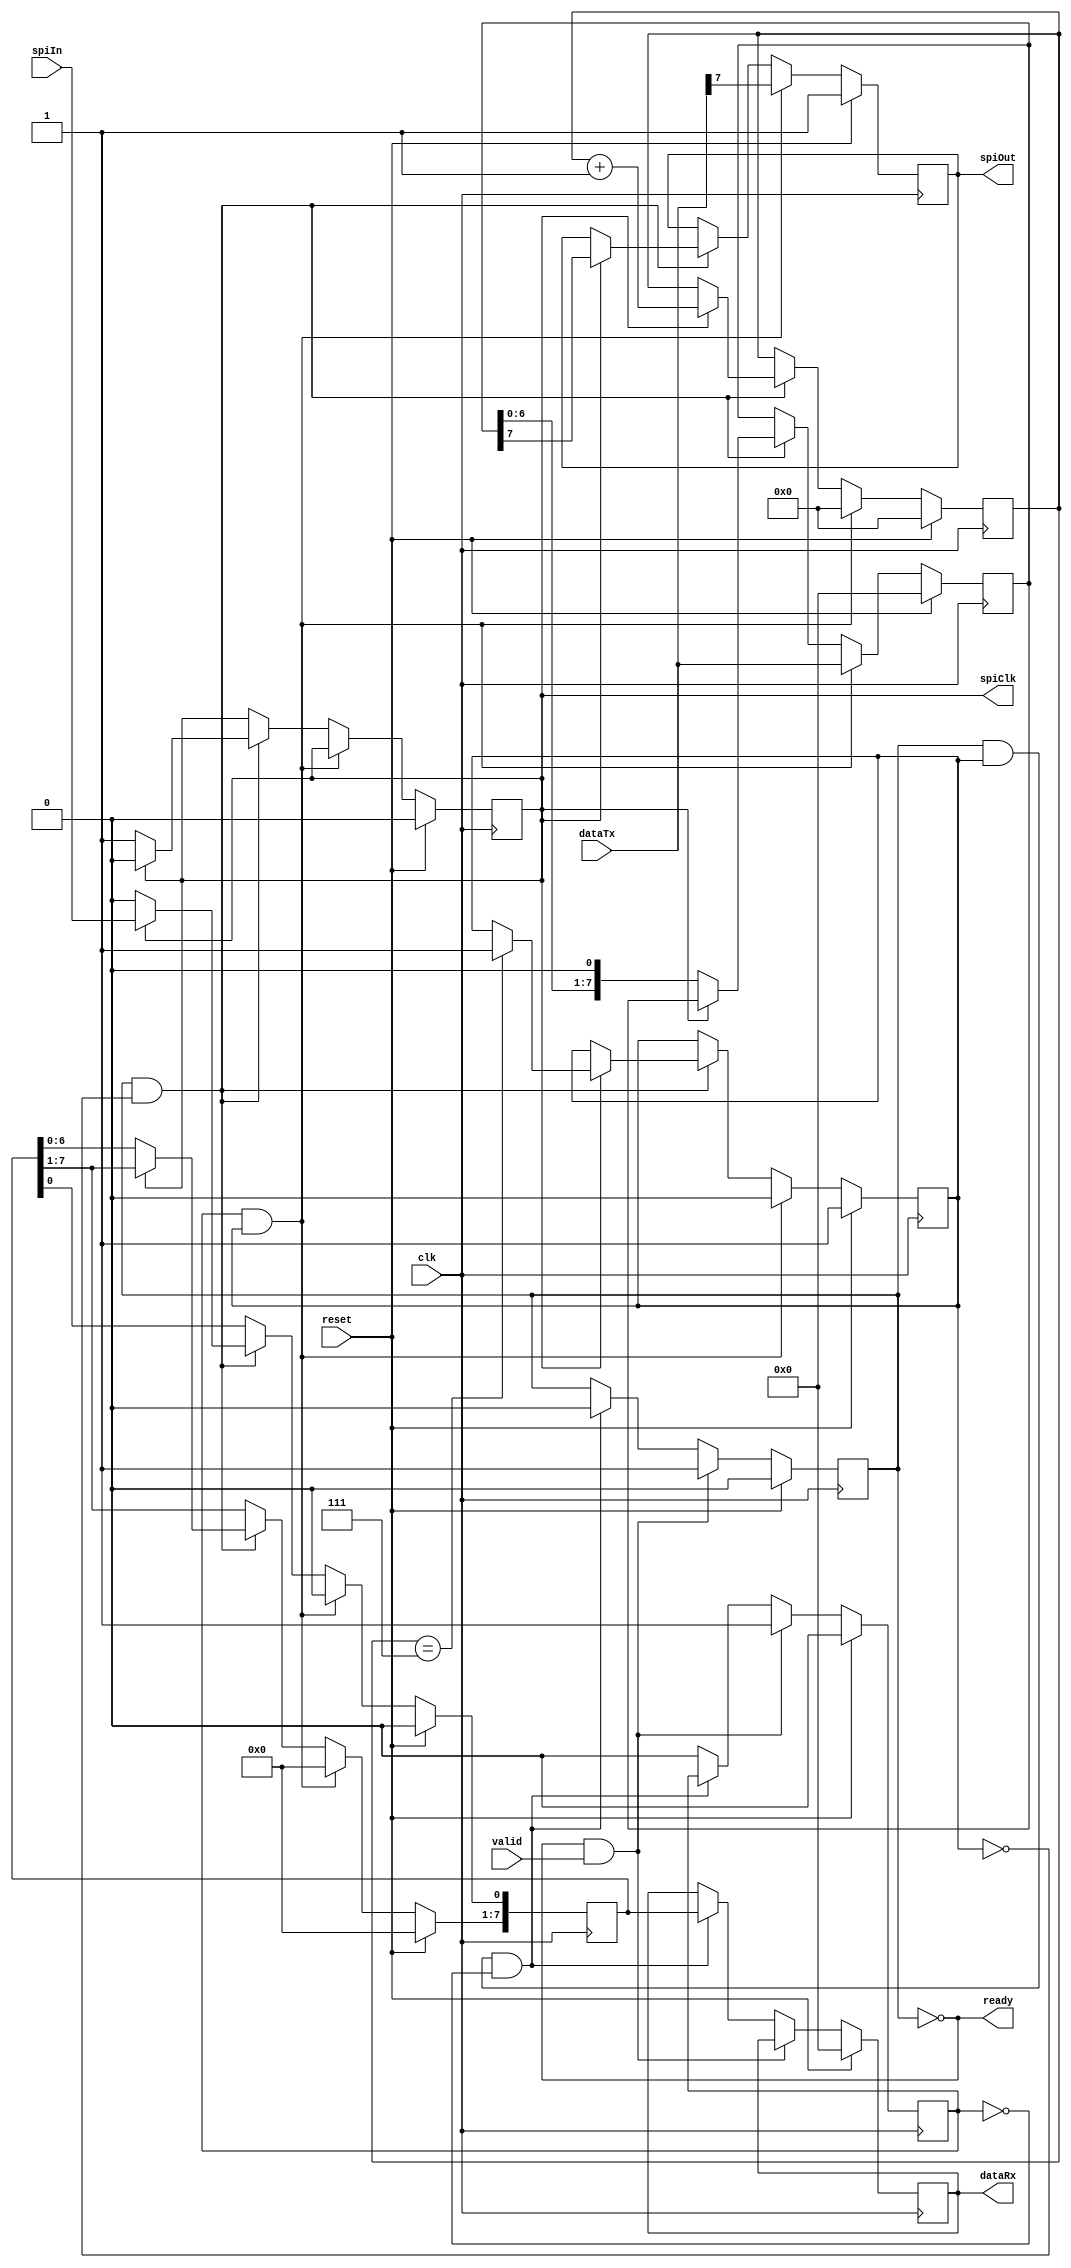
module SPIController (
  input   wire          clk,
  input   wire          reset,

  // SPI Port
  output  reg           spiOut,
  input   wire          spiIn,
  output  reg           spiClk,

  // SPI Data
  input   wire  [7:0]   dataTx,
  output  reg   [7:0]   dataRx,

  output  wire          ready,  // Core is ready
  input   wire          valid   // Input data is valid
);

reg isRunning;
reg isDone;
reg start;
reg [3:0] bitCount;

reg [7:0] tmpInput;
reg [7:0] tmpOutput;

assign ready = ~isRunning;

// SPI Data Interface
always @(posedge clk)
begin
  if (reset)
  begin
    dataRx    <= 0;
    isRunning <= 0;
    start     <= 0;
  end
  else
  begin
    if (ready & valid)            // Start sending data
    begin
      isRunning <= 1;             // Start send
      start     <= 1;
    end
    else if (isRunning && isDone && !start) // Data done
    begin
      dataRx    <= tmpInput;      // Latch RX data
      isRunning <= 0;             // Stop sending data
    end
    else
      start     <= 0;             // Reset start
  end
end

// SPI Port
always @(posedge clk)
begin
  if (reset)
  begin
    spiOut    <= 1;
    spiClk    <= 0;
    isDone    <= 1;
    tmpInput  <= 0;
    bitCount  <= 0;
    tmpOutput <= 0;
  end
  else
  begin
    if (start && isDone) // Start
    begin
      isDone            <= 0;       // Started
      tmpInput          <= 0;       // Reset input buffer
      tmpOutput         <= dataTx;  // Latch TX data
      bitCount          <= 0;
      spiOut            <= dataTx[7];
    end
    else
    if (isRunning && !isDone) // Normal operation
    begin
      if (spiClk)
      begin
        if (bitCount == 7) isDone    <= 1;
        bitCount    <= bitCount + 1;
        spiClk      <= 0;
        tmpInput[0] <= spiIn;
        spiOut      <= tmpOutput[7];
      end
      else        // Shift internal buffers
      begin
        spiClk      <= 1;
        // tmpOutput   <= {1'b0, tmpOutput[7:1]}; // Shift data >>
        tmpOutput   <= {tmpOutput[6:0], 1'b0}; // Shift data >>
        tmpInput    <= { tmpInput[6:0], 1'b0}; // Shift data <<
      end
    end
  end
end

endmodule